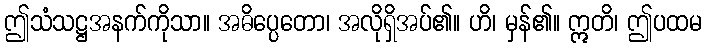
ဤသံသဋ္ဌအနက်ကိုသာ။ အဓိပ္ပေတော၊ အလိုရှိအပ်၏။ ဟိ၊ မှန်၏။ ဣတိ၊ ဤပထမ